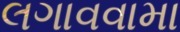
લગાવવામા